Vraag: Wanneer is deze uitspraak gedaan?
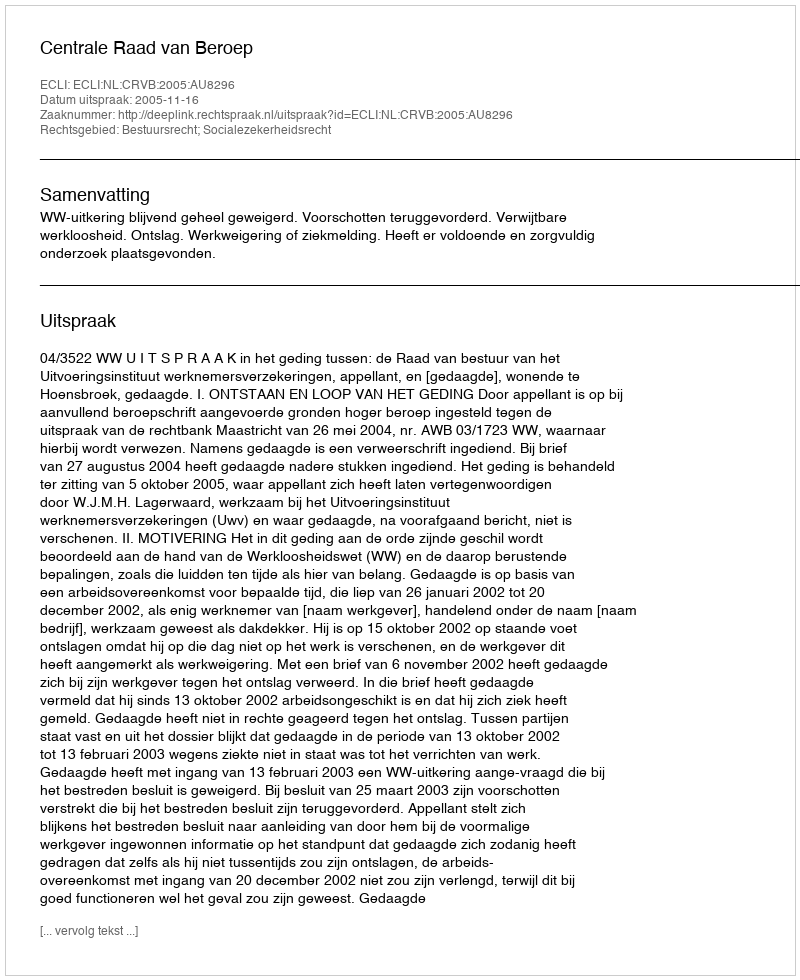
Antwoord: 2005-11-16